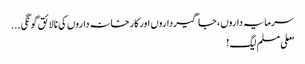
سرمایہ داروں ، جاگیرداروں اور کارخانہ داروں کی نالائق گونگی ...
”ملی مسلم لیگ !